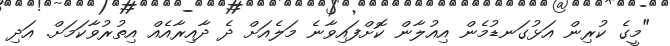
"މީގެ ކުރިން އަޅުގަނޑުމެން އިއުލާން ކޮށްފައިވާނެ މަލެއަށް ދެ ދާއިރާއެއް އިތުރުވާކަމަށް. އަދި